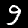
Label: 9